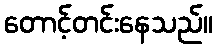
တောင့်တင်းနေသည်။